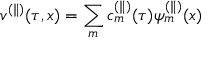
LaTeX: v ^ { ( \parallel ) } ( \tau , x ) = \sum _ { m } c _ { m } ^ { ( \parallel ) } ( \tau ) \psi _ { m } ^ { ( \parallel ) } ( x )